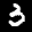
Label: 3